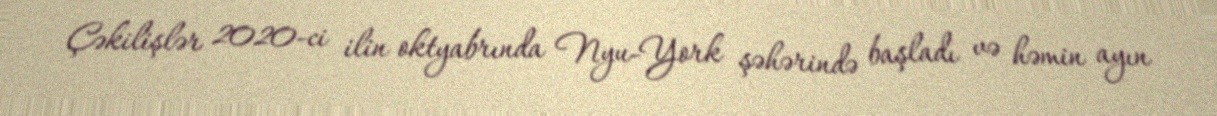
Çəkilişlər 2020-ci ilin oktyabrında Nyu-York şəhərində başladı və həmin ayın